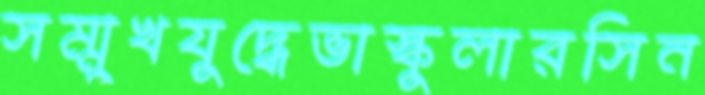
সম্মুখযুদ্ধেভাস্কুলারসিন